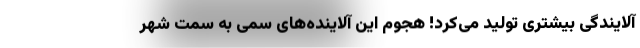
آلایندگی بیشتری تولید می‌کرد! هجوم این آلاینده‌های سمّی به سمت شهر